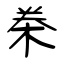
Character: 桊